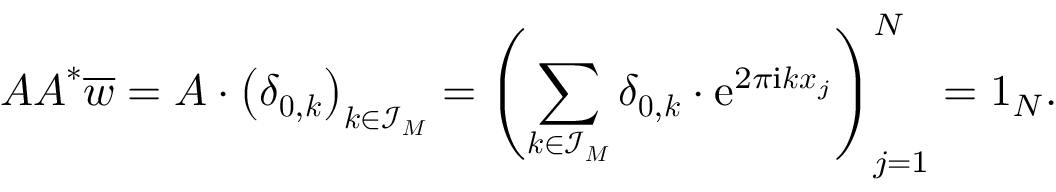
\boldsymbol A \boldsymbol A ^ { * } \overline { { \boldsymbol w } } = \boldsymbol A \cdot \left( \delta _ { \boldsymbol 0 , \boldsymbol k } \right) _ { \boldsymbol k \in { \mathcal I _ { \boldsymbol M } } } = \left( \sum _ { \boldsymbol k \in \mathcal I _ { \boldsymbol M } } \delta _ { \boldsymbol 0 , \boldsymbol k } \cdot \mathrm e ^ { 2 \pi \mathrm i \boldsymbol k \boldsymbol x _ { j } } \right) _ { j = 1 } ^ { N } = \boldsymbol 1 _ { N } .